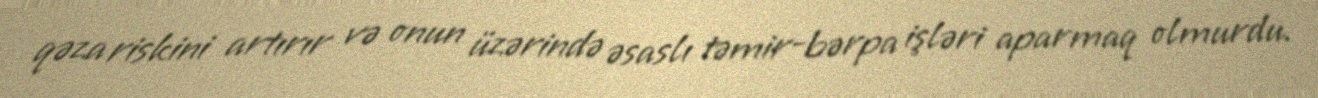
qəza riskini artırır və onun üzərində əsaslı təmir-bərpa işləri aparmaq olmurdu.